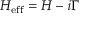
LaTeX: H _ { \mathrm { e f f } } = H - i \Gamma